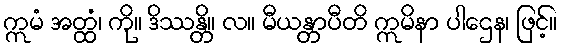
ဣမံ အတ္ထံ၊ ကို။ ဒိဿန္တိ။ လ။ မီယန္တာပီတိ ဣမိနာ ပါဌေန၊ ဖြင့်။